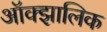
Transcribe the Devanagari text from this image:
ऑक्झालिक